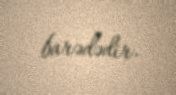
barədədir.